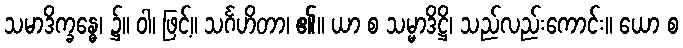
သမာဒိက္ခန္ဓေ၊ ၌။ ဝါ၊ ဖြင့်။ သင်္ဂဟိတာ၊ ၏။ ယာ စ သမ္မာဒိဋ္ဌိ၊ သည်လည်းကောင်း။ ယော စ